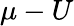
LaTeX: \mu-U